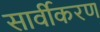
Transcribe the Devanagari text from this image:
सार्वीकरण